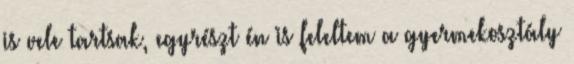
is vele tartsak, egyrészt én is feleltem a gyermekosztály